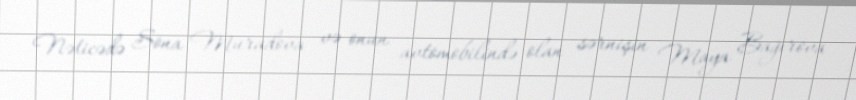
Nəticədə Sona Muradova və onun avtomobilində olan sərnişin Maya Bağırova